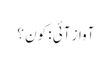
آواز آئی : کون ؟